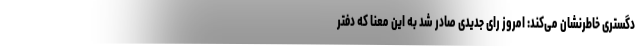
دگستری خاطرنشان می‌کند: امروز رای جدیدی صادر شد به این معنا که دفتر